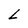
Character: L